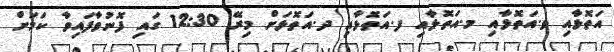
އަތޮޅާއި ވ.އަތޮޅާއި މ.އަތޮޅާއި ފ.އަތޮޅާއި ދ.އަތޮޅަށް މިރޭ 12:30 ގައި ފޮނުވާފައިވާ ކަމަށް